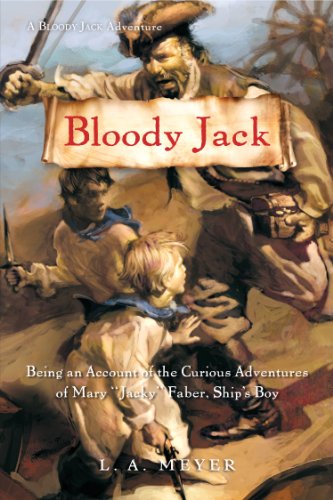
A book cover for Bloody Jack: Being an Account of the Curious Adventures of Mary "Jacky" Faber, Ship's Boy (Bloody Jack Adventures); L. A. Meyer; Teen & Young Adult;